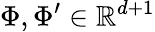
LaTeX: \Phi,\Phi^{\prime}\in\mathbb{R}^{d+1}